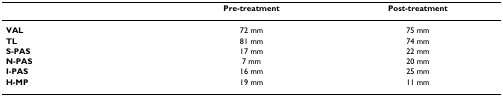
<table><thead><tr><td></td><td><b>Pre-treatment</b></td><td><b>Post-treatment</b></td></tr></thead><tbody><tr><td><b>VAL</b></td><td>72 mm</td><td>75 mm</td></tr><tr><td><b>TL</b></td><td>81 mm</td><td>74 mm</td></tr><tr><td><b>S-PAS</b></td><td>17 mm</td><td>22 mm</td></tr><tr><td><b>N-PAS</b></td><td>7 mm</td><td>20 mm</td></tr><tr><td><b>I-PAS</b></td><td>16 mm</td><td>25 mm</td></tr><tr><td><b>H-MP</b></td><td>19 mm</td><td>11 mm</td></tr></tbody></table>